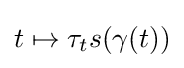
t\mapsto \tau _{t}s(\gamma (t))